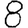
Digit: 8